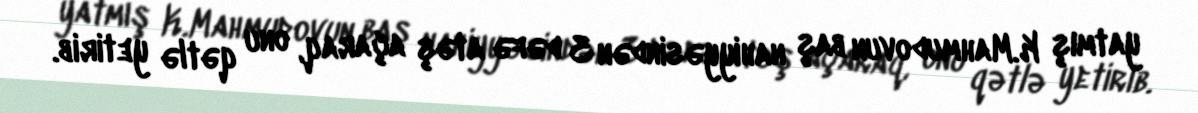
yatmış K.Mahmudovun baş nahiyyəsindən 3 dəfə atəş açaraq, onu qətlə yetirib.